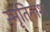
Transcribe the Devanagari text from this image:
स्मृतिनाश